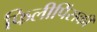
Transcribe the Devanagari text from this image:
फिलीपिंसकी